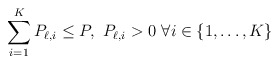
\begin{align*}\sum_{i=1}^K P_{\ell,i}\leq P,~P_{\ell,i}>0~\forall i\in\{1,\dots,K\}\end{align*}